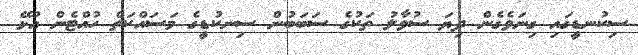
ސިކުނޑީގައި ގިނަވެގެން ދިޔަ ސުވާލު ތަކުގެ ސަބަބުން ސިނކުޑީގެ މަސައްކަތް ހުއްޓެން އުޅޭ